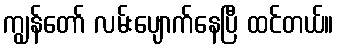
ကျွန်တော် လမ်းပျောက်နေပြီ ထင်တယ်။